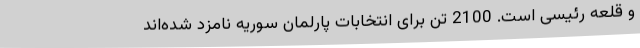
و قلعه رئیسی است. 2100 تن برای انتخابات پارلمان سوریه نامزد شده‌اند